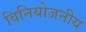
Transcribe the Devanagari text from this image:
विनियोजनीय